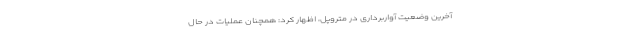
آخرین وضعیت آواربرداری در متروپل، اظهار کرد: همچنان عملیات در حال